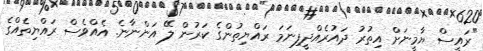
"ރައީސް ޔާމީނަށް އިތުރު ދައުރެއްދީފިނަމަ ރައްޔިތުންގެ ކަރުން ލޭ އަންނާނެ. އެއްވެސް ރައްޔިތެއްގެ